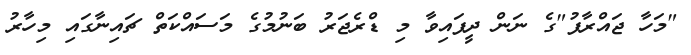
"މަހާ ޖައްރާފު"ގެ ނަން ދީފައިވާ މި ޑްރެޖަރު ބަނުމުގެ މަސައްކަތް ޗައިނާގައި މިހާރު